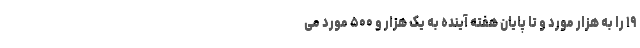
۱۹ را به هزار مورد و تا پایان هفته آینده به یک هزار و ۵۰۰ مورد می